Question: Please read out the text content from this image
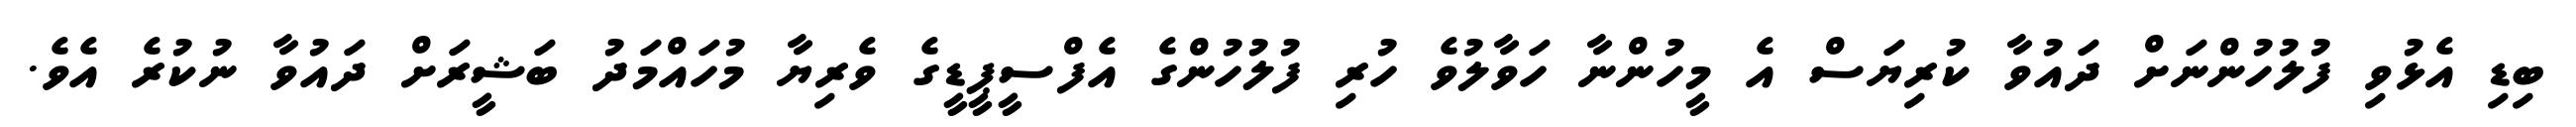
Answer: ބިޑި އެޅުވި ފުލުހުންނަށް ދައުވާ ކުރިޔަސް އެ މީހުންނާ ހަވާލުވެ ހުރި ފުލުހުންގެ އެފްސީޕީޑީގެ ވެރިޔާ މުހައްމަދު ބަޝީރަށް ދައުވާ ނުކުރެ އެވެ.